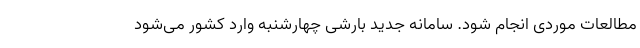
مطالعات موردی انجام شود. سامانه جدید بارشی چهارشنبه وارد کشور می‌شود